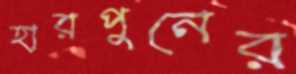
হারপুনের